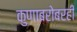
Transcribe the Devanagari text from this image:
कुणाबरोबरही